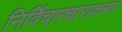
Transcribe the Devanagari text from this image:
निर्विचारधाराकरण